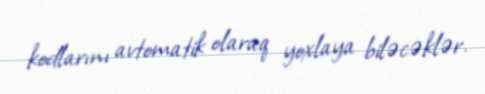
kodlarını avtomatik olaraq yoxlaya biləcəklər.